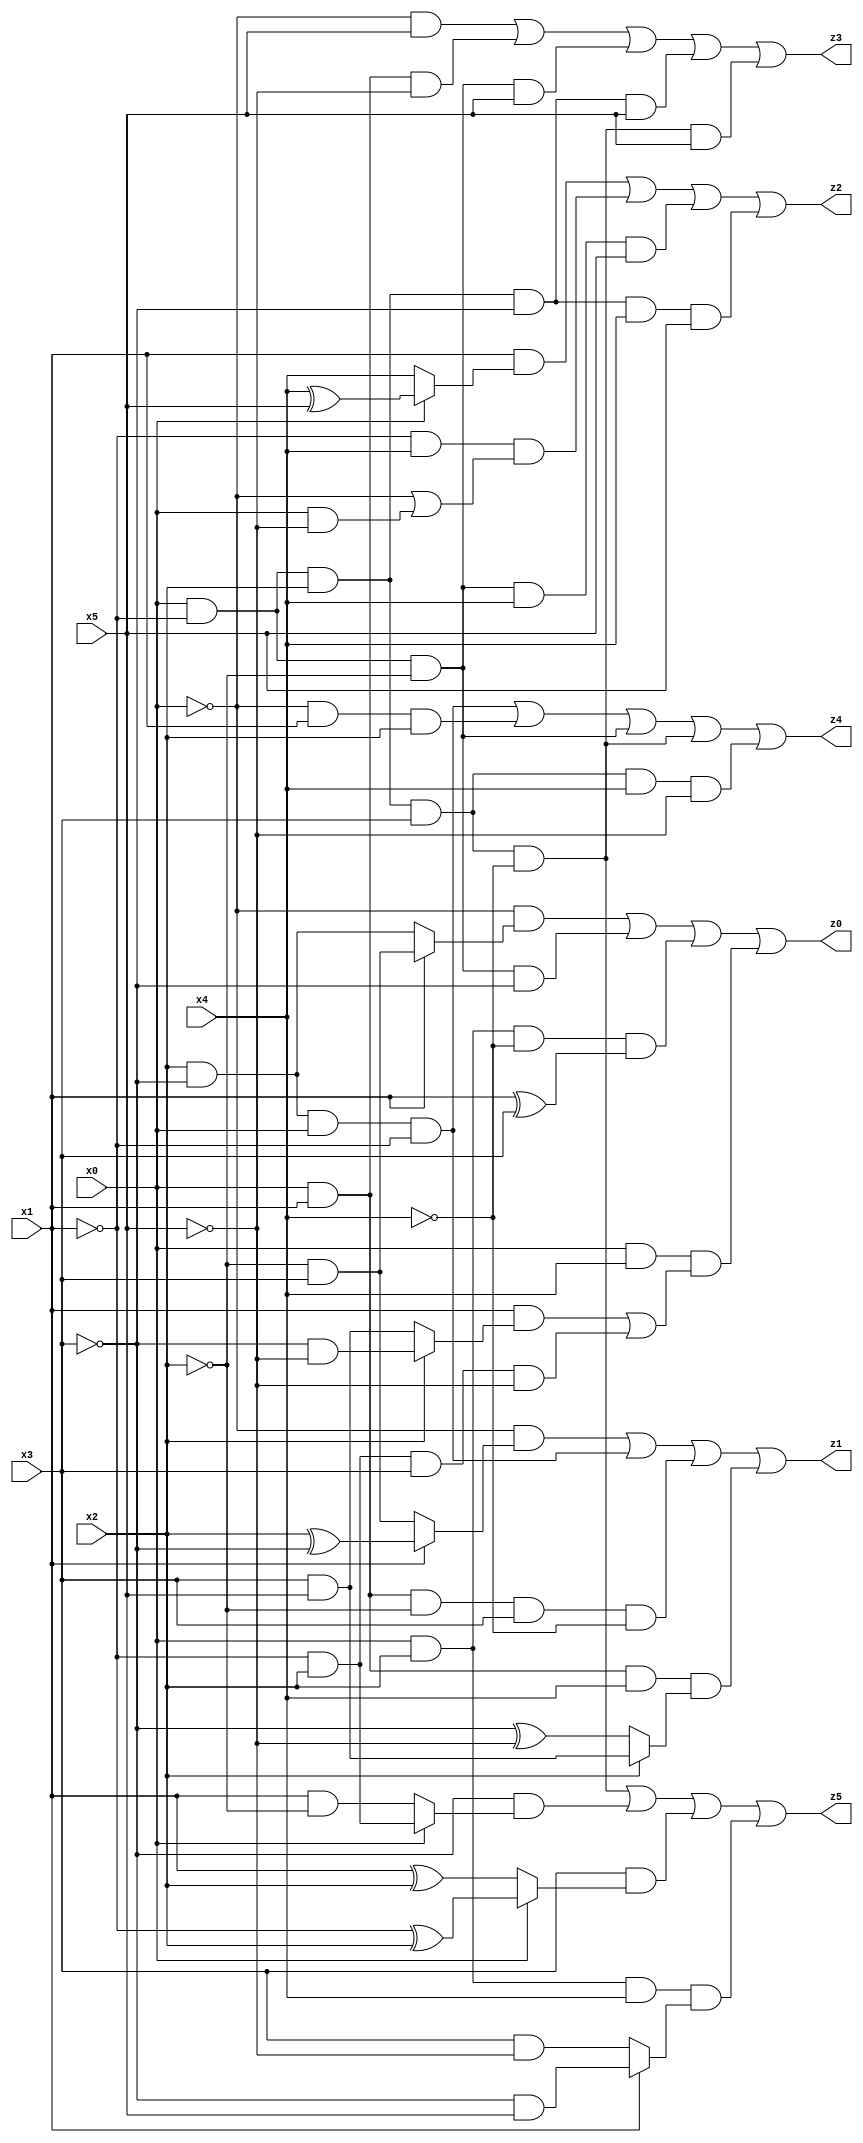
// Benchmark "X_78" written by ABC on Thu Jun 29 03:23:02 2023

module X_78 ( 
    x0, x1, x2, x3, x4, x5,
    z0, z1, z2, z3, z4, z5  );
  input  x0, x1, x2, x3, x4, x5;
  output z0, z1, z2, z3, z4, z5;
  assign z0 = (~x0 & (x1 ? (~x2 & x3) : (x2 & ~x3))) | (x0 & ~x1 & ~x2 & ~x3) | (x0 & x2 & ~x4 & (x1 ^ x3)) | (x0 & x4 & ((x1 & (x2 ? (~x3 & ~x5) : (x3 & x5))) | (~x1 & x2 & x3 & ~x5)));
  assign z1 = (~x0 & (x1 ? (x2 ^ ~x3) : (~x2 & x3))) | (x2 & ~x3 & x0 & ~x1) | (x0 & x1 & ~x2 & x3 & ~x4) | (x0 & x1 & x4 & (x2 ? (x3 & x5) : (~x3 ^ ~x5)));
  assign z2 = (x1 & (x0 ? (x4 ^ x5) : x4)) | (~x1 & x4 & (~x0 | (x0 & ~x5))) | (x0 & ~x1 & ~x2 & x4 & x5) | (x0 & ~x1 & x2 & ~x3 & x4 & x5);
  assign z3 = (~x0 & x5) | (x0 & x1 & ~x5) | (x0 & ~x1 & ~x2 & x5) | (x0 & ~x1 & x2 & ~x3 & x5) | (x0 & ~x1 & x2 & x3 & ~x4 & x5);
  assign z4 = (x2 & ~x3 & x0 & ~x1) | (~x0 & x1 & x2) | (x0 & ~x1 & ~x2) | (x0 & ~x1 & x2 & x3 & ~x4) | (x0 & ~x1 & x2 & x3 & x4 & ~x5);
  assign z5 = (x0 & ~x1 & x2 & x3 & ~x4) | (~x3 & (x0 ? (~x1 & x2) : (x1 & ~x2))) | (x3 & (x0 ? (~x1 ^ x2) : (x1 ^ x2))) | (x0 & x2 & x4 & (x1 ? (~x3 & x5) : (x3 & ~x5)));
endmodule